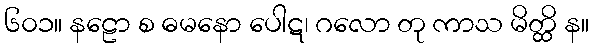
၆၀၁။ နဠော စ ဓမနော ပေါဋ၊ ဂလော တု ကာသ မိတ္ထိ န။